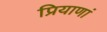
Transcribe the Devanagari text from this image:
प्रियाणां